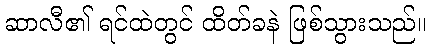
ဆာလီ၏ ရင်ထဲတွင် ထိတ်ခနဲ ဖြစ်သွားသည်။